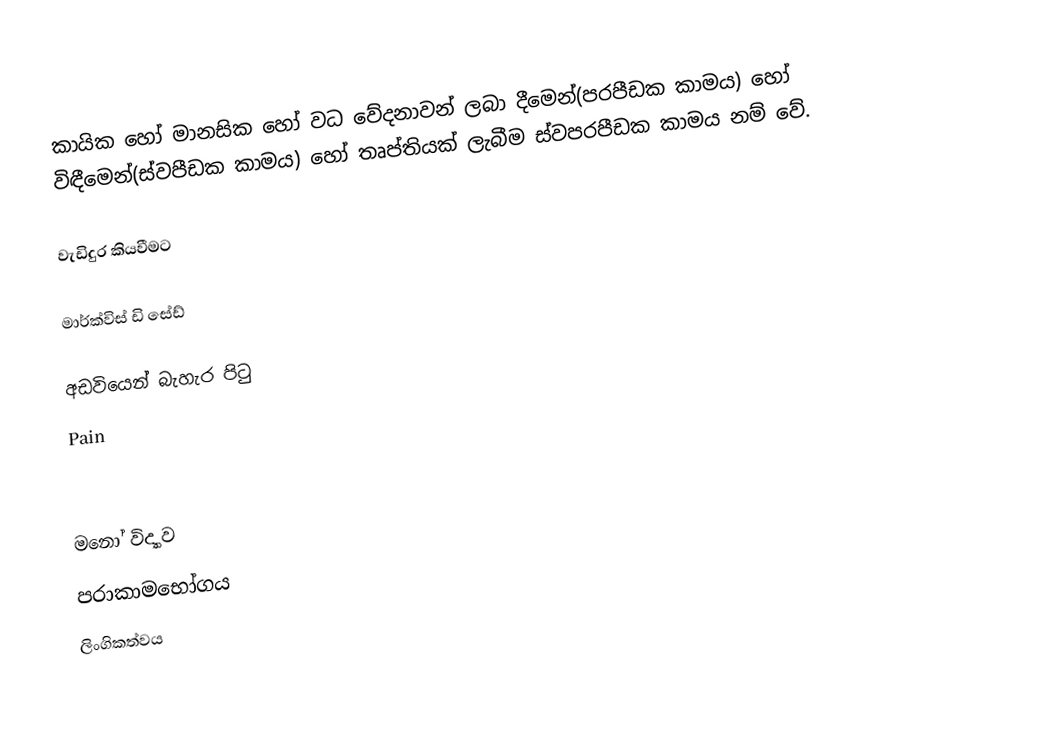
කායික හෝ මානසික හෝ වධ වේදනාවන් ලබා දීමෙන්(පරපීඩක කාමය) හෝ විඳීමෙන්(ස්වපීඩක කාමය) හෝ තෘප්තියක් ලැබීම  ස්වපරපීඩක කාමය නම් වේ.

වැඩිදුර කියවීමට​

මාර්ක්විස් ඩි සේඩ්

අඩවියෙන් බැහැර පිටු
Pain

මනෝ විද්‍යාව​
පරාකාමභෝගය​
ලිංගිකත්වය